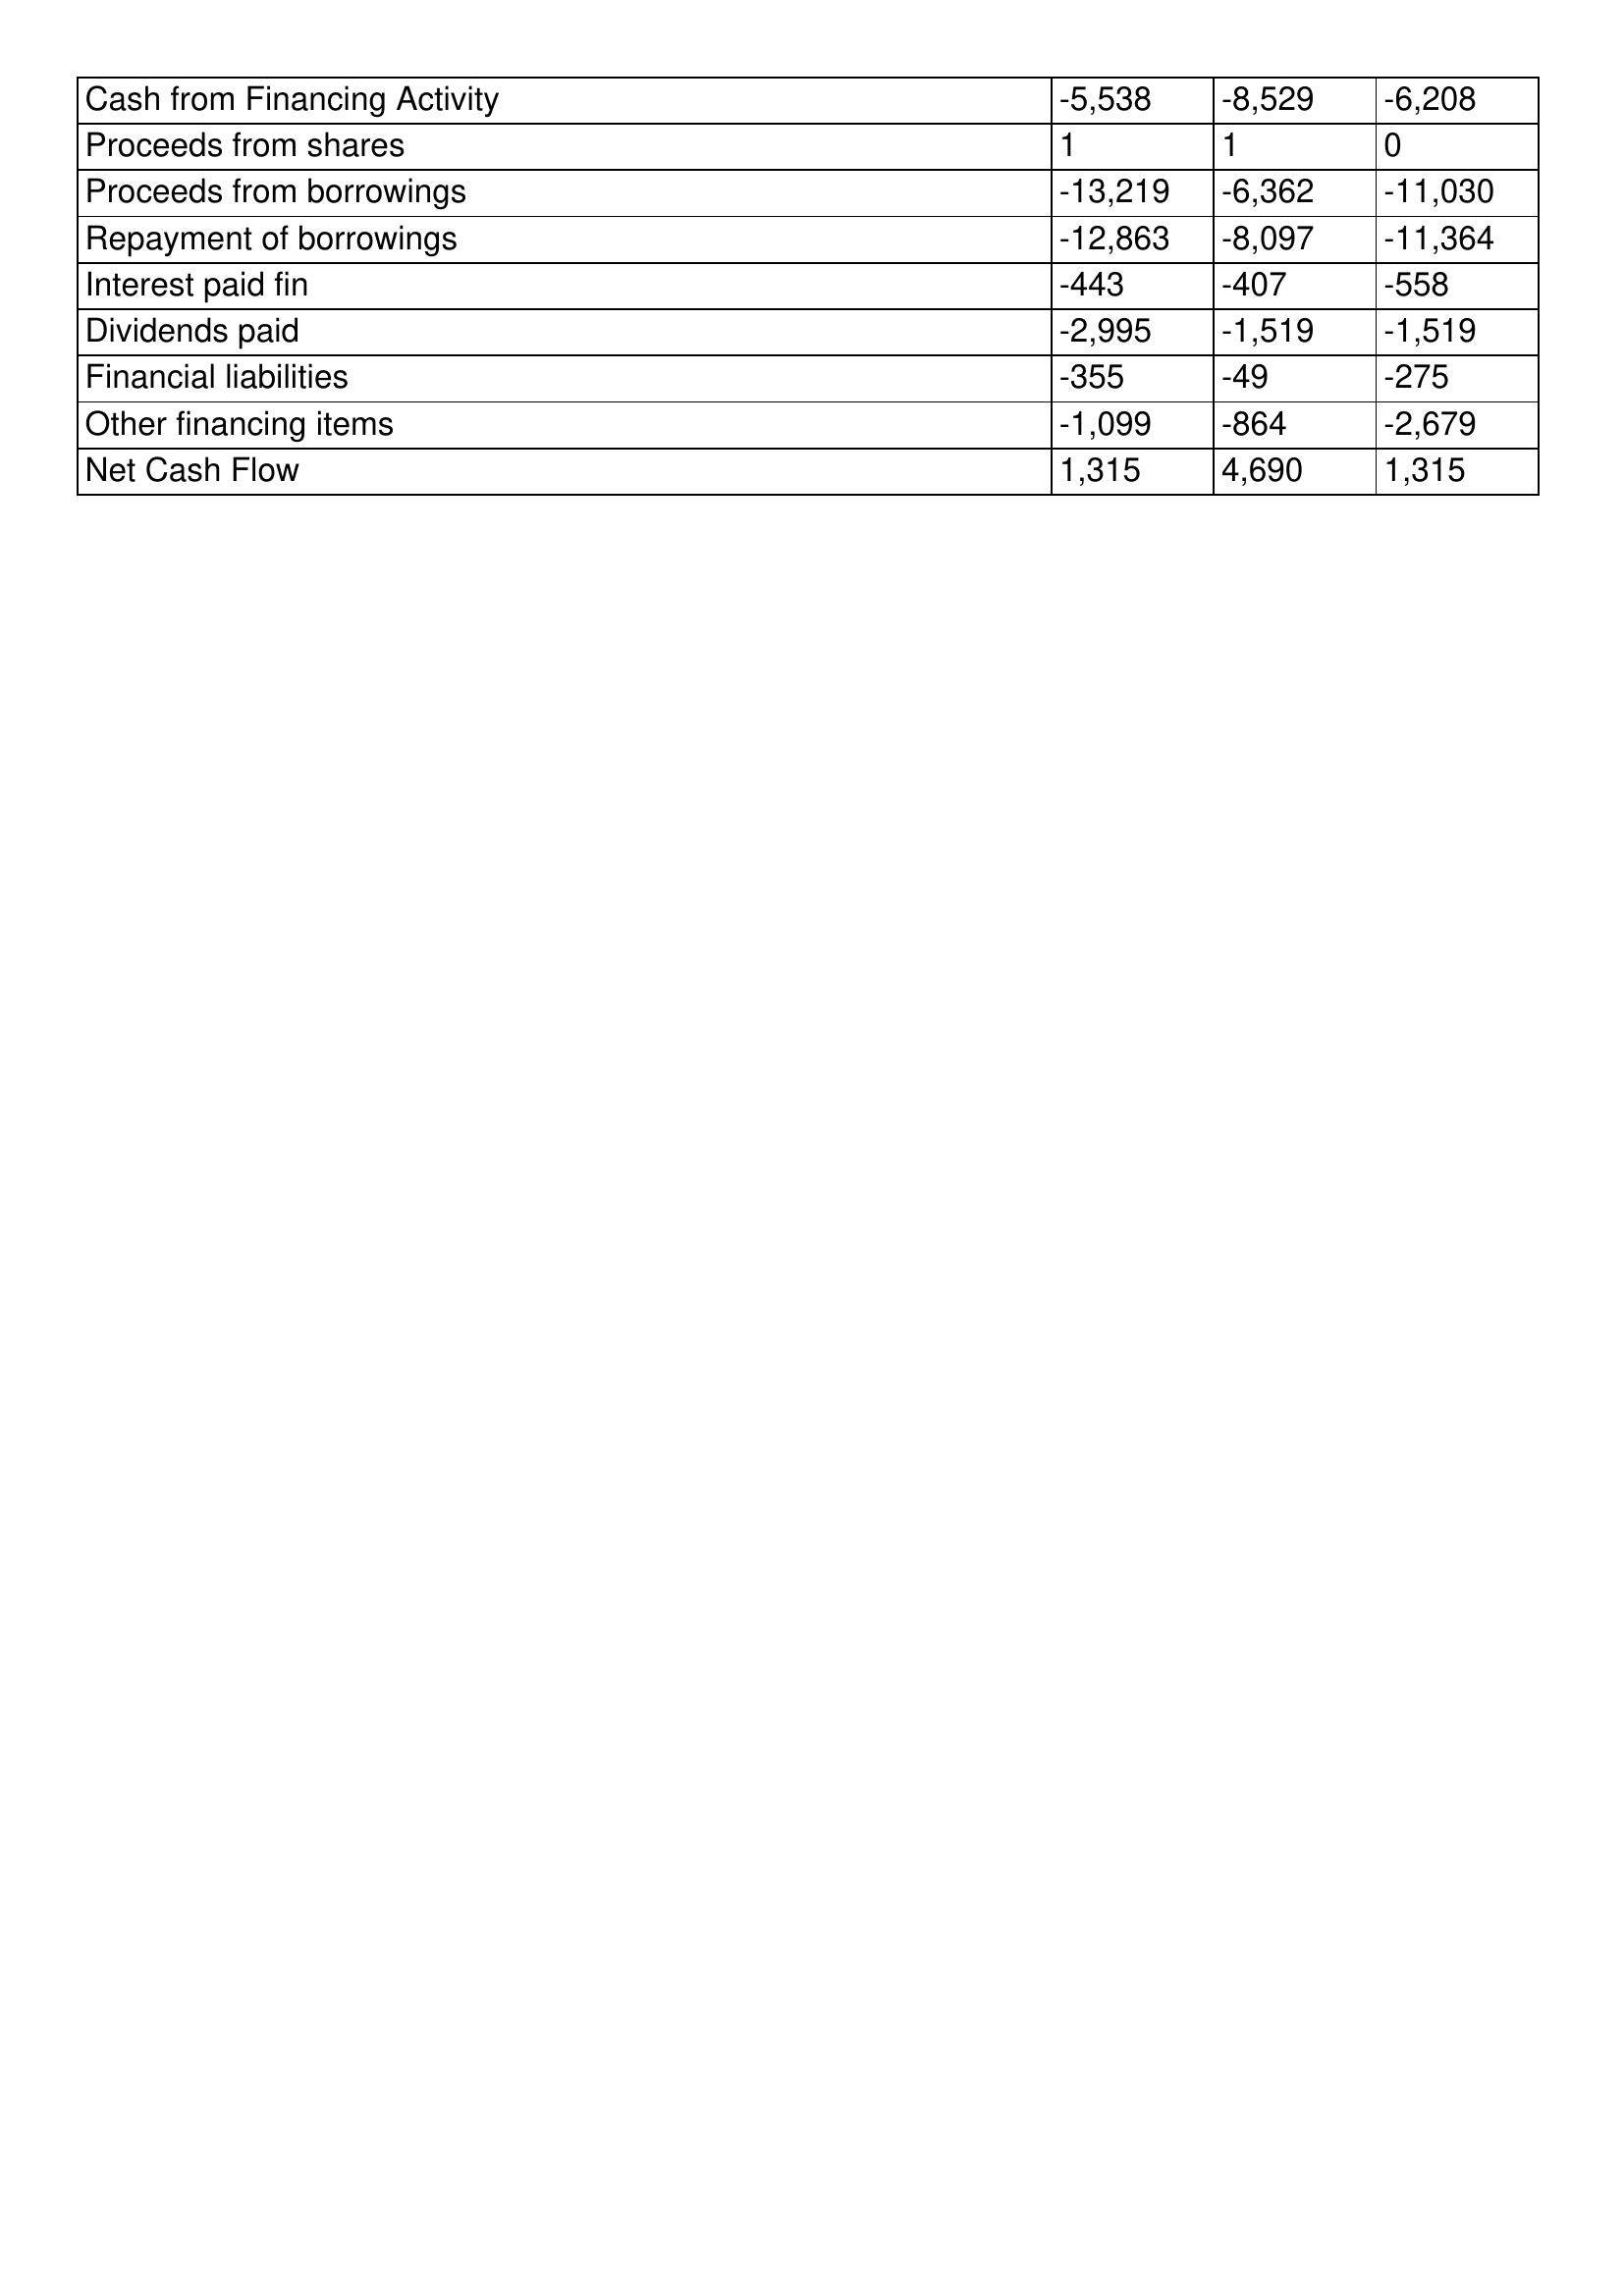
gt_parse: 2007: Cash Flows: Cash from Financing Activity: -5,538
Proceeds from shares: 1
Proceeds from borrowings: -13,219
Repayment of borrowings: -12,863
Interest paid fin: -443
Dividends paid: -2,995
Financial liabilities: -355
Other financing items: -1,099
Net Cash Flow: 1,315
2006: Cash Flows: Cash from Financing Activity: -8,529
Proceeds from shares: 1
Proceeds from borrowings: -6,362
Repayment of borrowings: -8,097
Interest paid fin: -407
Dividends paid: -1,519
Financial liabilities: -49
Other financing items: -864
Net Cash Flow: 4,690
2005: Cash Flows: Cash from Financing Activity: -6,208
Proceeds from shares: 0
Proceeds from borrowings: -11,030
Repayment of borrowings: -11,364
Interest paid fin: -558
Dividends paid: -1,519
Financial liabilities: -275
Other financing items: -2,679
Net Cash Flow: 1,315